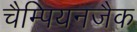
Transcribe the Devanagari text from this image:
चैम्पियनजैक